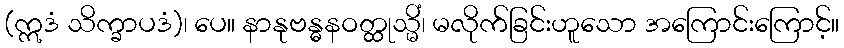
(ဣဒံ သိက္ခာပဒံ)၊ ပေ။ နာနုဗန္ဓနဝတ္ထုသ္မိံ၊ မလိုက်ခြင်းဟူသော အကြောင်းကြောင့်။